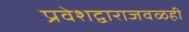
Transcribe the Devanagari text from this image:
प्रवेशद्वाराजवळही